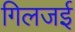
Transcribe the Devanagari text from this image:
गिलजई